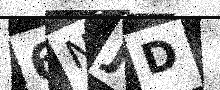
Text: 6NJD